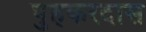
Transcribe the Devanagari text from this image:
पुहकरदास